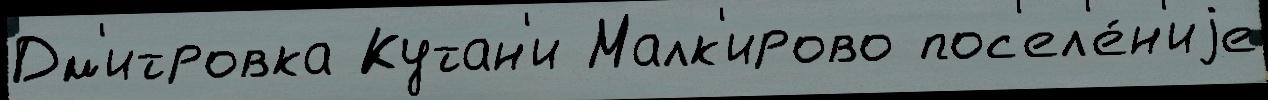
Дм'итровка Кутан'и Малк'ирово пос'ел'е́н'иjе